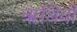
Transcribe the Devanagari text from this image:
ॠथियों